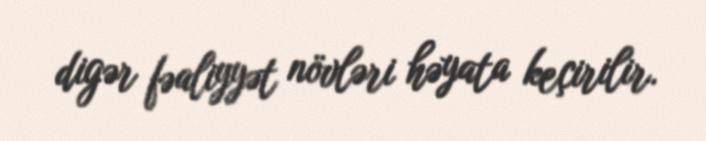
digər fəaliyyət növləri həyata keçirilir.